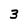
Character: 3